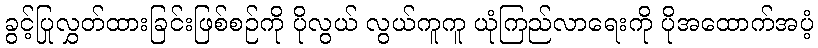
ခွင့်ပြုလွှတ်ထားခြင်းဖြစ်စဉ်ကို ပိုလွယ် လွယ်ကူကူ ယုံကြည်လာရေးကို ပိုအထောက်အပံ့